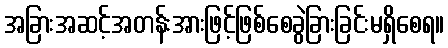
အခြားအဆင့်အတန်းအားဖြင့်ဖြစ်စေခွဲခြားခြင်းမရှိစေရ။